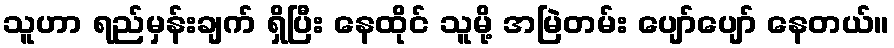
သူဟာ ရည်မှန်းချက် ရှိပြီး နေထိုင် သူမို့ အမြဲတမ်း ပျော်ပျော် နေတယ်။